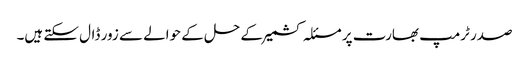
صدر ٹرمپ بھارت پر مسئلہ کشمیر کے حل کے حوالے سے زور ڈال سکتے ہیں۔